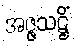
အဇ္ဇသဋ္ဌိံ